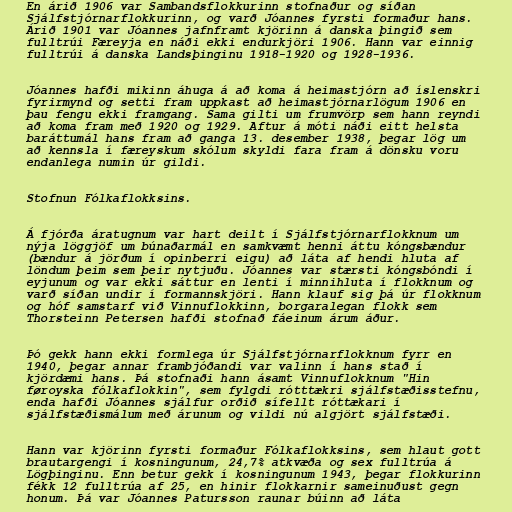
En árið 1906 var Sambandsflokkurinn stofnaður og síðan
Sjálfstjórnarflokkurinn, og varð Jóannes fyrsti formaður hans.
Árið 1901 var Jóannes jafnframt kjörinn á danska þingið sem
fulltrúi Færeyja en náði ekki endurkjöri 1906. Hann var einnig
fulltrúi á danska Landsþinginu 1918-1920 og 1928-1936.

Jóannes hafði mikinn áhuga á að koma á heimastjórn að íslenskri
fyrirmynd og setti fram uppkast að heimastjórnarlögum 1906 en
þau fengu ekki framgang. Sama gilti um frumvörp sem hann reyndi
að koma fram með 1920 og 1929. Aftur á móti náði eitt helsta
baráttumál hans fram að ganga 13. desember 1938, þegar lög um
að kennsla í færeyskum skólum skyldi fara fram á dönsku voru
endanlega numin úr gildi.

Stofnun Fólkaflokksins.

Á fjórða áratugnum var hart deilt í Sjálfstjórnarflokknum um
nýja löggjöf um búnaðarmál en samkvæmt henni áttu kóngsbændur
(bændur á jörðum í opinberri eigu) að láta af hendi hluta af
löndum þeim sem þeir nytjuðu. Jóannes var stærsti kóngsbóndi í
eyjunum og var ekki sáttur en lenti í minnihluta í flokknum og
varð síðan undir í formannskjöri. Hann klauf sig þá úr flokknum
og hóf samstarf við Vinnuflokkinn, borgaralegan flokk sem
Thorsteinn Petersen hafði stofnað fáeinum árum áður.

Þó gekk hann ekki formlega úr Sjálfstjórnarflokknum fyrr en
1940, þegar annar frambjóðandi var valinn í hans stað í
kjördæmi hans. Þá stofnaði hann ásamt Vinnuflokknum "Hin
føroyska fólkaflokkin", sem fylgdi rótttækri sjálfstæðisstefnu,
enda hafði Jóannes sjálfur orðið sífellt róttækari í
sjálfstæðismálum með árunum og vildi nú algjört sjálfstæði.

Hann var kjörinn fyrsti formaður Fólkaflokksins, sem hlaut gott
brautargengi í kosningunum, 24,7% atkvæða og sex fulltrúa á
Lögþinginu. Enn betur gekk í kosningunum 1943, þegar flokkurinn
fékk 12 fulltrúa af 25, en hinir flokkarnir sameinuðust gegn
honum. Þá var Jóannes Patursson raunar búinn að láta